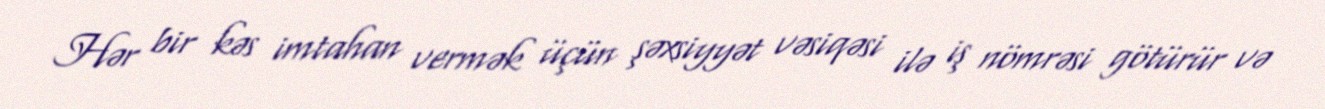
Hər bir kəs imtahan vermək üçün şəxsiyyət vəsiqəsi ilə iş nömrəsi götürür və